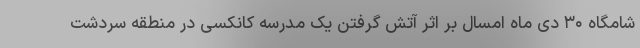
شامگاه ۳۰ دی ماه امسال بر اثر آتش گرفتن یک مدرسه کانکسی در منطقه سردشت